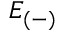
E _ { ( - ) }